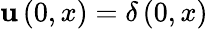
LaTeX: \mathbf{u}\left(0,x\right)=\delta\left(0,x\right)